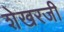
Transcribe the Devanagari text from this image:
शेखरजी